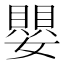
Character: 嬰